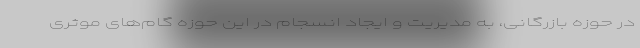
در حوزه بازرگانی، به مدیریت و ایجاد انسجام در این حوزه گام‌های موثری